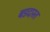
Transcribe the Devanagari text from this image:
बडदास्त